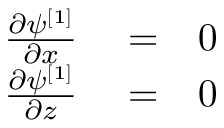
\begin{array} { r l r } { \frac { \partial \psi ^ { [ 1 ] } } { \partial x } } & { { } = } & { 0 } \\ { \frac { \partial \psi ^ { [ 1 ] } } { \partial z } } & { { } = } & { 0 } \end{array}